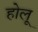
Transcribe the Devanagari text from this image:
होलू